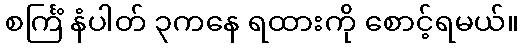
စင်္ကြံ နံပါတ် ၃ကနေ ရထားကို စောင့်ရမယ်။